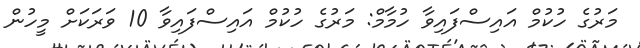
މަރުގެ ހުކުމް އައިސްފައިވާ ހުމާމް: މަރުގެ ހުކުމް އައިސްފައިވާ 10 ވަރަކަށް މީހުން